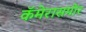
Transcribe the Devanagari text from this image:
कॅमेरासमोर